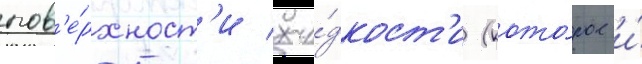
пов'е́рхност'и жи́дкост'и (кото́рое и́